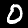
Digit: 0